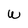
Character: W